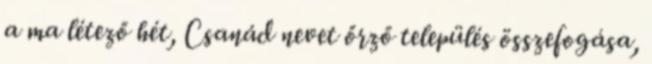
a ma létező hét, Csanád nevet őrző település összefogása,